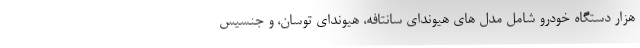
هزار دستگاه خودرو شامل مدل های هیوندای سانتافه، هیوندای توسان، و جنسیس